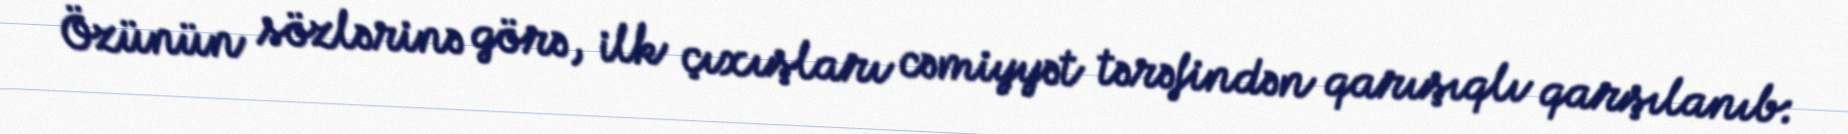
Özünün sözlərinə görə, ilk çıxışları cəmiyyət tərəfindən qarışıqlı qarşılanıb: